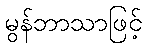
မွန်ဘာသာဖြင့်